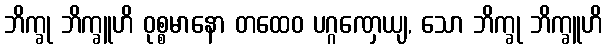
ဘိက္ခု ဘိက္ခူဟိ ဝုစ္စမာနော တထေဝ ပဂ္ဂဏှေယျ, သော ဘိက္ခု ဘိက္ခူဟိ